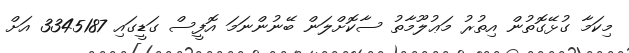
މިކަމާ ގުޅޭގޮތުން އިތުރު މަޢުލޫމާތު ސާކޮށްލަން ބޭނުންނަމަ އޮފީސް ގަޑީގައި 3345187 އަށް